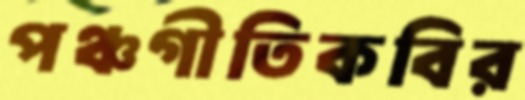
পঞ্চগীতিকবির